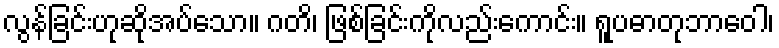
လွန်ခြင်းဟုဆိုအပ်သော။ ဂတိ၊ ဖြစ်ခြင်းကိုလည်းကောင်း။ ရူပဓာတုဘာဝေါ၊